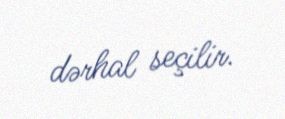
dərhal seçilir.